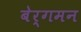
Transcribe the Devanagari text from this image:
बेर्गमन